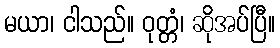
မယာ၊ ငါသည်။ ဝုတ္တံ၊ ဆိုအပ်ပြီ။